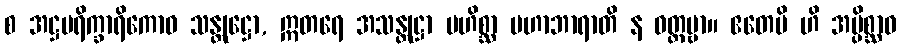
စ အဋ္ဌပရိက္ခာရိကောဝ သန္တုဋ္ဌော, ဣတရေ အသန္တုဋ္ဌာ မဟိစ္ဆာ မဟာဘာရာတိ န ဝတ္တဗ္ဗာ။ ဧတေပိ ဟိ အပ္ပိစ္ဆာဝ